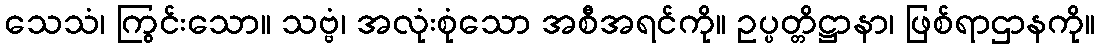
သေသံ၊ ကြွင်းသော။ သဗ္ဗံ၊ အလုံးစုံသော အစီအရင်ကို။ ဥပ္ပတ္တိဋ္ဌာနာ၊ ဖြစ်ရာဌာနကို။